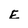
Character: E